King Institute of Preventive Medicine Micro-Biological Section reports 1909-11
Year: 1909
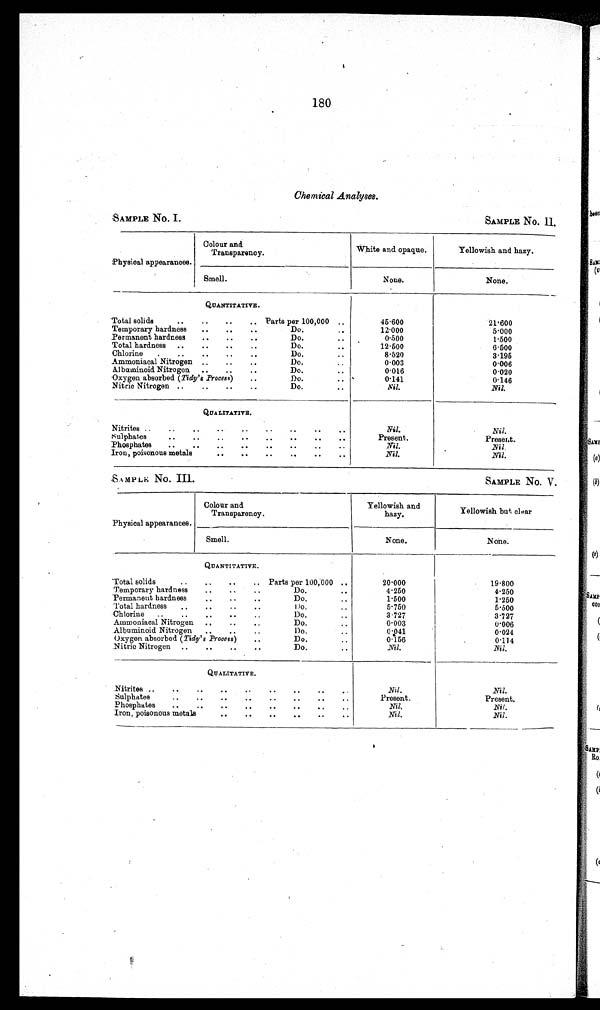
180
Chemical Analyses.
SAMPLE No. I.
SAMPLE No.
II.
Physical appearances.
Colour and
Transparency.
White and opaque.
Yellowish and hazy.
Smell.
None.
None.
QUANTITATIVE .
Total solids
..
..
..
.. Parts per 100,000 ..
45.600
21.600
Temporary hardness
..
..
..
Do...
12.000
5.000
Permanent hardness
..
..
..
Do...
0.500
1500
Total hardness
..
..
..
..
Do...
12.500
6 500
Chlorine
.
..
..
..
..
Do...
8.520
3.195
Ammoniacal Nitrogen ..
..
..
Do...
0 . 0 0 3
0.006
A1buminoid Nitrogen
..
..
..
Do...
0 . 0 1 6
0.020
Oxygen absorbed (Tidy's Process)
..
Do.
..
0.141
0.146
Nitric Nitrogen ..
..
..
..
Do.. .
Nil.
Nil.
QUALITATIVE.
Nitrites ..
..
..
..
..
..
..
..
..
Nil.
Nil.
Sulphates
..
..
..
..
..
..
..
..
Present.
Present.
Phosphates
..
..
..
..
..
..
..
..
Nil.
Nil
Iron, poisonous metals
..
..
..
..
..
..
Nil.
Nil.
SAMPLE No. III.
SAMPLE No. V.
Physical appearances.
Colour and
Transparency.
Yellowish and
hazy.
Yellowish but clear
Smell.
None.
None.
QUANTITATIVE.
Total solids
..
..
..
.. Parts per 100,000 ..
20.000
19.800
Temporary hardness
..
..
..
D o
•
4.50
4.250
Permanent hardness
..
..
..
Do.. .
1.00
1.250
Total hardness
.•
..
••
..
Do
5.50
5.500
Chlorine
..
..
..
..
..
Do...
3.27
3.27
Ammoniacal Nitrogen
..
..
Do...
0.006
Albuminoid Nitrogen
..
..
..
Do...
0.24
0.24
Oxygen absorbed (Tidy's Process)
..
Do.• •
0-156
0.14
Nitric Nitrogen ..
..
..
..
Do.
• •
Nil.
Nil.
QUALITATIVE.
Nitrites ..
..
..
..
—
• •
..
..
..
Nil.
Nil.
Sulphates
• .
.
..
..
. .
..
Present.
Present.
Phosphates
..
..
..
..
..
..
..
Nil.
Nit.
Iron, poisonous metals
..
..
..
..
..
..
Nil.
Nil.